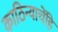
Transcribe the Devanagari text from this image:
काठिन्याचेंहि